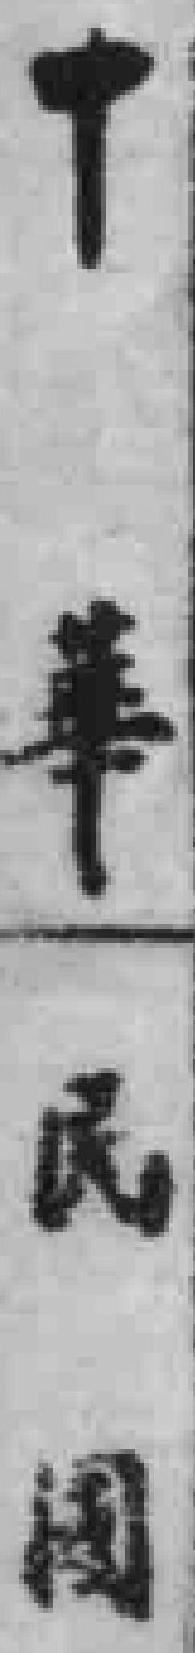
中華民國